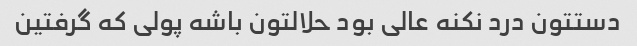
دستتون درد نکنه عالی بود حلالتون باشه پولی که گرفتین